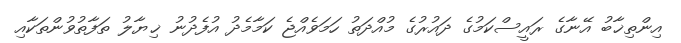
އިންތިޚާބު އޭނާގެ ރައީސްކަމުގެ ދައުރުގެ މުއްދަތު ހަމަވެއްޖެ ކަމާމެދު އުފެދުނު ޚިޔާލު ތަފާތުވުންތަކާއި